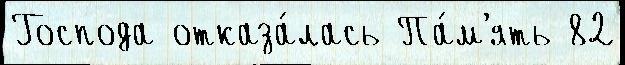
Господа отказа́лась Па́м'ять 82